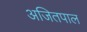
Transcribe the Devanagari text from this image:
अजितपाल